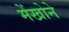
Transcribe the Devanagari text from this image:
मेंखोने